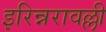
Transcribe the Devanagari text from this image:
इरिन्नरावल्ली